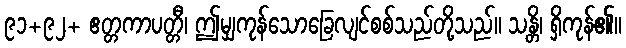
၉၁+၉၂+ ဧတ္တကာပတ္တီ၊ ဤမျှကုန်သောခြေလျင်စစ်သည်တို့သည်။ သန္တိ၊ ရှိကုန်၏။